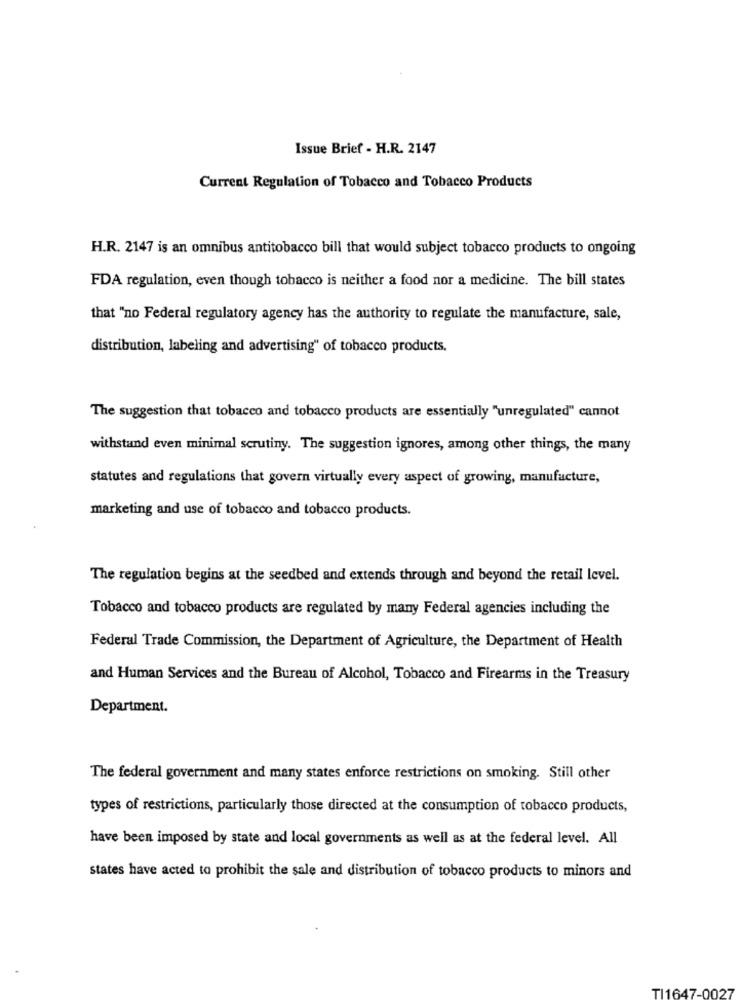
Issue Brief - H.R. 2147
Current Regulation of Tobacco and Tobacco Products
H.R. 2147 is an omnibus antitobacco bill that would subject tobacco products to ongoing
FDA regulation, even though tobacco is neither a food nor a medicine. The bill states
that "no Federal regulatory agency has the authority to regulate the manufacture, sale,
distribution, labeling and advertising" of tobacco products.
The suggestion that tobacco and tobacco products are essentially "unregulated" cannot
withstand even minimal scrutiny. The suggestion ignores, among other things, the many
statutes and regulations that govern virtually every aspect of growing, manufacture,
marketing and use of tobacco and tobacco products.
The regulation begins at the seedbed and extends through and beyond the retail level.
Tobacco and tobacco products are regulated by many Federal agencies including the
Federal Trade Commission, the Department of Agriculture, the Department of Health
and Human Services and the Bureau of Alcohol, Tobacco and Firearms in the Treasury
Department.
The federal government and many states enforce restrictions on smoking. Still other
types of restrictions, particularly those directed at the consumption of tobacco products,
have been imposed by state and local governments as well as at the federal level. All
states have acted to prohibit the sale and distribution of tobacco products to minors and
TI1647-0027